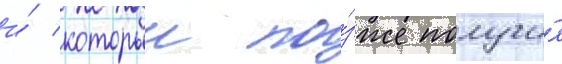
и́ которыи по́зже получи́л